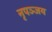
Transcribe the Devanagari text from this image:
नृपञ्जय